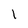
Character: 1